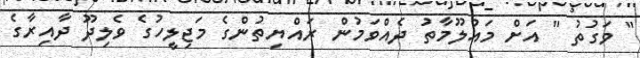
" ވަގުތު " އަށް މައުލޫމާތު ދެއްވަމުން ރައްޔިތުންގެ މަޖިލީހުގެ ވެލިދޫ ދާއިރާގެ